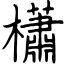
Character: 櫹